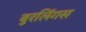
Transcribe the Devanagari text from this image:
बुरलिंगस